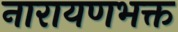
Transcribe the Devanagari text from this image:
नारायणभक्त